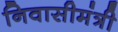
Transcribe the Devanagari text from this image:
निवासीमंत्री